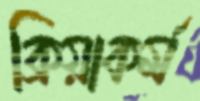
ক্রিয়াকর্ম